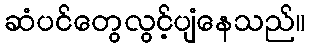
ဆံပင်တွေလွင့်ပျံနေသည်။